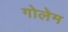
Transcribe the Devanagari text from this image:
गोलेम